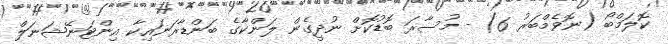
ކޮލަމްބޯ (ނޮވެމްބަރު 6) - މުސާރަ ބޮޑުކޮށް ނުދީގެން ލަންކާގެ ބަންޑާރަނައިކާ އިންޓަނޭޝަނަލް